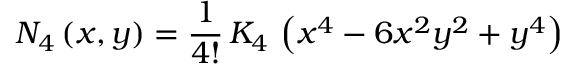
N _ { 4 } \left( x , y \right) = \frac { 1 } { 4 ! } \, K _ { 4 } \, \left( x ^ { 4 } - 6 x ^ { 2 } y ^ { 2 } + y ^ { 4 } \right)